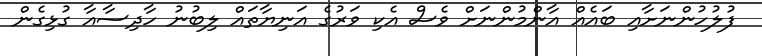
ފުލުހުންނަށާއި ބައެއް އާންމުންނަށް ވެސް އެކި ވަރުގެ އަނިޔާތައް ލިބުނު ހާދިސާއާ ގުޅިގެން